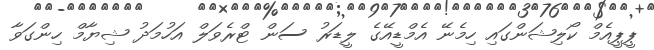
ޕީޕީއެމް ކޯލިޝަންގައި ހިމެނޭ އެމްޑީއޭގެ ލީޑަރު ސަން ޓްރެވަލް އަހުމަދު ޝިޔާމް ހިންގަވާ